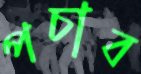
পচাব